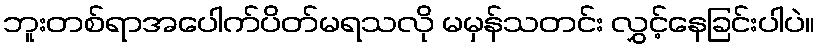
ဘူးတစ်ရာအပေါက်ပိတ်မရသလို မမှန်သတင်း လွှင့်နေခြင်းပါပဲ။